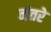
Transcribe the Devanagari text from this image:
नंतरे